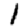
Digit: 1